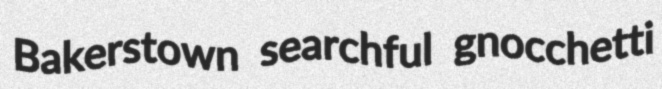
Bakerstown searchful gnocchetti